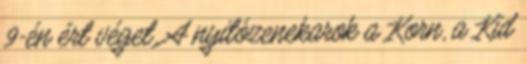
9-én ért véget. A nyitózenekarok a Korn, a Kid